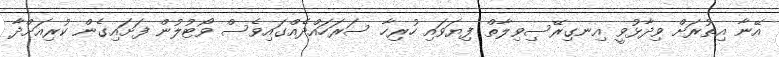
އޭނާ އިތުރަށް ވިދާޅުވީ އިނގިރޭސިވިލާތް ފިޔަވައި ހުރިހާ ސަރަހައްދެއްގައިވެސް ވޯޓުލުން ފަށައިގެން ކުރިއަށްދާ